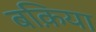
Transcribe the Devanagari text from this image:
बक़िया